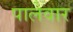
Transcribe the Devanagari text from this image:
पालेवार